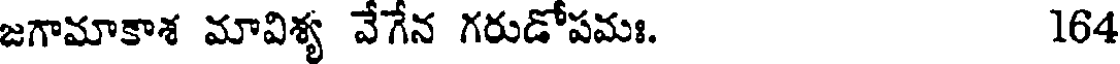
జగామాకాశ మావిశ్య వేగేన గరుడోపమః. 164